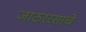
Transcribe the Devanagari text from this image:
जाठररसाचे